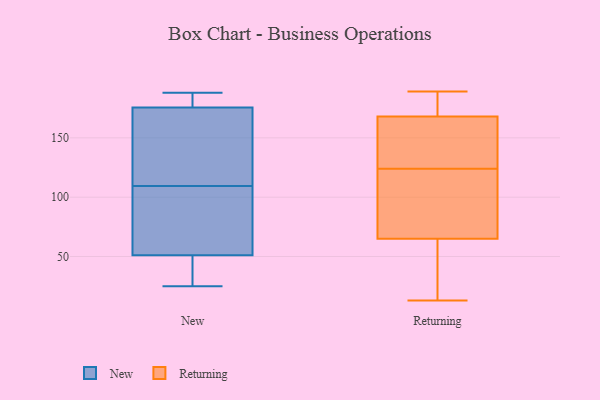
{"axis": {"x": "Gross Profit (USD K)", "y": "Value"}, "legend": ["New", "Returning"], "data": [{"x": "", "y": 180, "type": "New"}, {"x": "", "y": 49, "type": "New"}, {"x": "", "y": 53, "type": "New"}, {"x": "", "y": 188, "type": "New"}, {"x": "", "y": 141, "type": "New"}, {"x": "", "y": 27, "type": "New"}, {"x": "", "y": 128, "type": "New"}, {"x": "", "y": 25, "type": "New"}, {"x": "", "y": 177, "type": "New"}, {"x": "", "y": 61, "type": "New"}, {"x": "", "y": 174, "type": "New"}, {"x": "", "y": 91, "type": "New"}, {"x": "", "y": 28, "type": "Returning"}, {"x": "", "y": 189, "type": "Returning"}, {"x": "", "y": 70, "type": "Returning"}, {"x": "", "y": 27, "type": "Returning"}, {"x": "", "y": 105, "type": "Returning"}, {"x": "", "y": 143, "type": "Returning"}, {"x": "", "y": 144, "type": "Returning"}, {"x": "", "y": 17, "type": "Returning"}, {"x": "", "y": 114, "type": "Returning"}, {"x": "", "y": 184, "type": "Returning"}, {"x": "", "y": 13, "type": "Returning"}, {"x": "", "y": 123, "type": "Returning"}, {"x": "", "y": 125, "type": "Returning"}, {"x": "", "y": 168, "type": "Returning"}, {"x": "", "y": 65, "type": "Returning"}, {"x": "", "y": 136, "type": "Returning"}, {"x": "", "y": 172, "type": "Returning"}, {"x": "", "y": 170, "type": "Returning"}]}